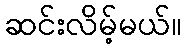
ဆင်းလိမ့်မယ်။